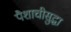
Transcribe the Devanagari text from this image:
पैशाचीसुद्धा